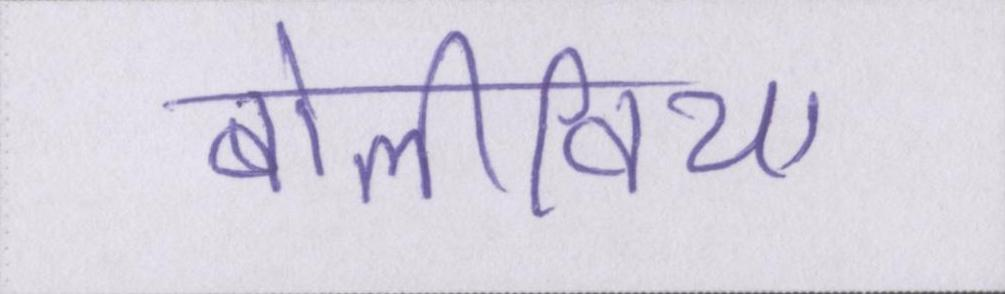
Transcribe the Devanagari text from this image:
बोलीविया